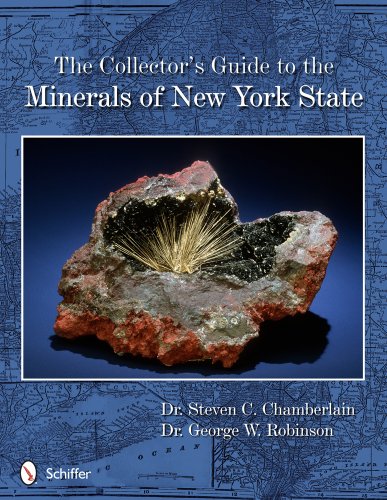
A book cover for The Collector's Guide to the Minerals of New York State (Schiffer Earth Science Monograph); Steven C. Chamberlain; Science & Math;